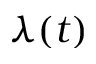
\lambda ( t )